Notes on vaccination in the North-West Frontier Province 1923-1928 - 1923-1928
Year: 1923
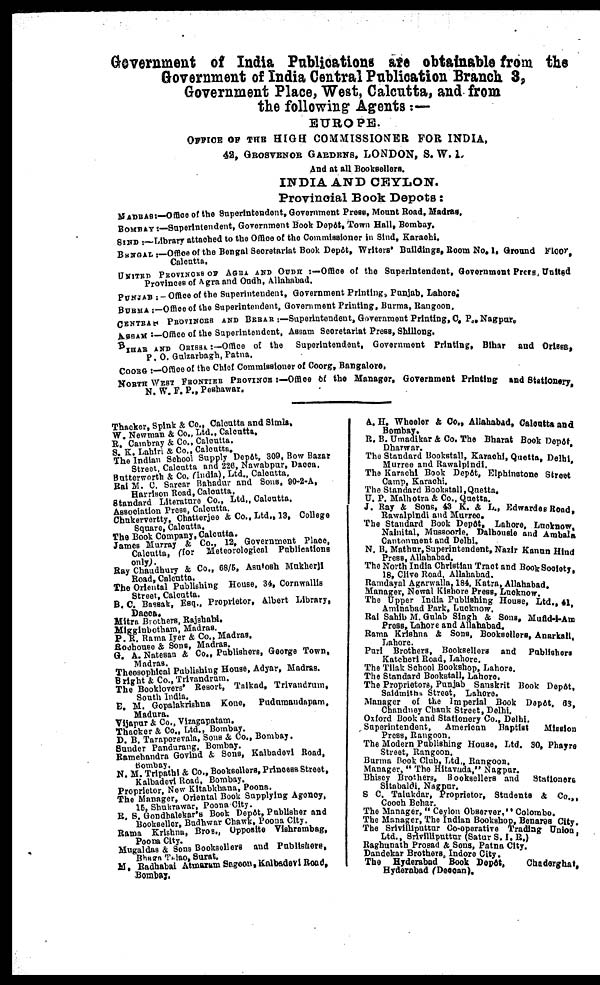
Government of India Publications are obtainable from the
Government of India Central Publication Branch 3,
Government Place, West, Calcutta, and from
the following Agents :—
EUROPE.
OFFICE OF THE HIGH COMMISSIONER FOR INDIA,
42, GROSVENOR GARDENS, LONDON, S. W. 1.
And at all Booksellers.
INDIA AND CEYLON.
Provincial Book Depots:
MADRAS:—Office of the Superintendent, Government Press, Mount Road, Madras,
BOMABY :—Superintendent, Government Book Depôt, Town Hall, Bombay.
SIND:— Library attached to the Office of the Commissioner in Sind, Karachi.
BENGAL :—Office of the Bengal Secretariat Book Depôt, Writers' Buildings, Room No. 1. Ground Floor,
Calcutta.
UNITED PROVINCES OF AGRA AND OUDH :—Office of the Superintendent, Government Press, United
Provinces of Agra and Oudh, Allahabad.
PUNJAB :— Office of the Superintendent, Government Printing, Punjab, Lahore,
BURMA :—Office of the Superintendent, Government Printing, Burma, Rangoon.
CENTRAL PROVINCES AND BERAR :—Superintendent, Government Printing, C. P., Nagpur.
ASSAM :— Office of the Superintendent, Assam Secretariat Press, Shillong.
BIHAR AND ORISSA :—Office of the Superintendent, Government Printing, Bihar and Orissa,
P. O. Gulzarbagh, Patna.
COORG :—Office of the Chief Commissioner of Coorg, Bangalore,
NORTH WEST FRONTIER PROVINCE :—Office of the Manager, Government Printing and Stationery,
N. W. F. P., Peshawar.
Thacker, Spink & Co., Calcutta and Simla,
W. Newman & Co., Ltd., Calcutta.
R. Cambray & Co., Calcutta.
S. K. Lahiri & Co., Calcutta.
The Indian School Supply Depôt. 309, Bow Bazar
Street, Calcutta and 226, Nawabpur, Dacca.
Butterworth & Co. (India), Ltd.,
Calcutta.
Rai M. C. Sarcar Bahadur and Sons, 90-2-A,
Harrison Road, Calcutta.
Standard Literature Co., Ltd., Calcutta.
Association Press, Calcutta.
Chukervertty, Chatterjee & Co., Ltd., 13, College
Square, Calcutta.
The Book Company, Calcutta.
James Murray & Co., 12, Government Place,
Calcutta, (for Meteorological Publications
only).
Ray Chaudhury & Co., 68/5, Asutosh Mukherji
Road, Calcutta.
The Oriental Publishing House, 34, Cornwallis
Street, Calcutta.
B.C. Bassak, Esq., Proprietor, Albert Library,
Dacca.
Mitra Brothers, Rajshahi.
Migginbotham, Madras.
P. R. Rama Iyer & Co., Madras.
Rochouse & Sons, Madars.
G. A. Natesan & Co., Publishers, George Town,
Madras.
Theosophical
Publishing House, Adyar, Madras.
Brigth & Co., Trivandrum.
The Booklovers' Resort, Taikad, Trivandrum,
South India.
E. M. Gopalakrishna Kone, Pudumandapam,
Madura.
Vijapur & Co., Vizagapatam.
Thacker & Co., Ltd., Bombay.
D. B.Taraporevala, Sons & Co., Bombay.
Sunder Pandurang, Bombay.
Ramachandra Govind & Sons, Kalbadevi Road,
Bombay.
N. M. Tripathi & Co., Booksellers, Princess Street,
Kalbadevi Road, Bombay.
Propriector, New Kitabkhana, Poona.
The Manager, Oriental Book Supplying Agency,
15, Shukrawar, Poona City.
R. S. Gondhalekar's Book Depôt, Publisher and
Bookseller, Budhwar Chawk, Poona City.
Rama Krishna, Bros., Opposite Vishrambag,
Poona City.
Mugaldas & Sons Booksellers and Publishers,
Bhaga Talao, Surat.
M. Radhabai Atmaram Sagoon, Kalbadevi Road,
Bombay.
A. H. Wheeler & Co., Allahabad, Calcutta and
Bombay.
R. B. Umadikar & Co. The Bharat Book Depôt,
Dharwar.
The Standard Bookstall, Karachi, Quetta, Delhi,
Murree and Rawalpindi.
The Karachi Book Depot, Elphinctone Street
Camp, Karachi.
The Standard Bookstall,Quetta,
U. P. Malhotra & Co., Quetta.
J. Ray & Sons, 43 K. & L., Edwardes Road.
Bawalpindi and Murree.
The Standard Book Depôt, Lahore, Lucknow,
Nainital, Mussoorie. Dalhousie and Ambala
Cantonment and Delhi.
N. B. Mathur, Superintendent, Nazir Kanun Hind
Press, Allahabad.
The North India Christian Tract and Book Society,
18, Clive Road, Allahabad.
Ramdayal Agarwalla, 184, Katra, Allahabad.
Manager, Newal Kishore Press, Lucknow.
The Upper India Publishing House, Ltd., 41,
Aminabad Park, Lucknow.
Rai Sahib M. Gulab Singh & Sons, Mufid-i-Am
Press, Lahore and Allahabad.
Rama Krishna & Sons, Booksellers, Anarkali,
Lahore.
Puri Brothers, Booksellers and Publishers
Katcheri Road, Lahore.
The Tilak School Bookshop, Lahore.
The Standard Bookstall, Lahore.
The Proprietors, Punjab Sanskrit Book Depôt,
Saidmiths Street, Lahore.
Manager of the Imperial Book Depôt. 63,
Chandney Chauk Street, Delhi.
Oxford Book and Stationery Co., Delhi.
Superintendent,
American Baptist
Mission
Press, Rangoon.
The Modern Publishing House, Ltd. 30, Phayre
Street, Rangoon.
Burma Book Club, Ltd., Rangoon.
Manager, " The Hitavada," Nagpur.
Bhisey Brothers, Booksellers and
Stationers
Sitabaldi, Nagpur.
S. C. Talukdar, Proprietor, Students & Co.,
Cooch Behar.
The Manager, " Ceylon Observer," Colombo.
The Manager, The Indian Bookshop, Benares City.
The Srivilliputtur Co-operative Trading Union,
Ltd., Srivilliputtur (Satur S. I. R.)
Raghunath Prosad & Sons, Patna City.
Dandekar Brothers, Indore City.
The Hyderabad Book Depôt,
Chaderghat,
Hyderabad (Deccan).